Civil Veterinary Department Bengal reports 1933-51 - 1933-1951
Year: 1933
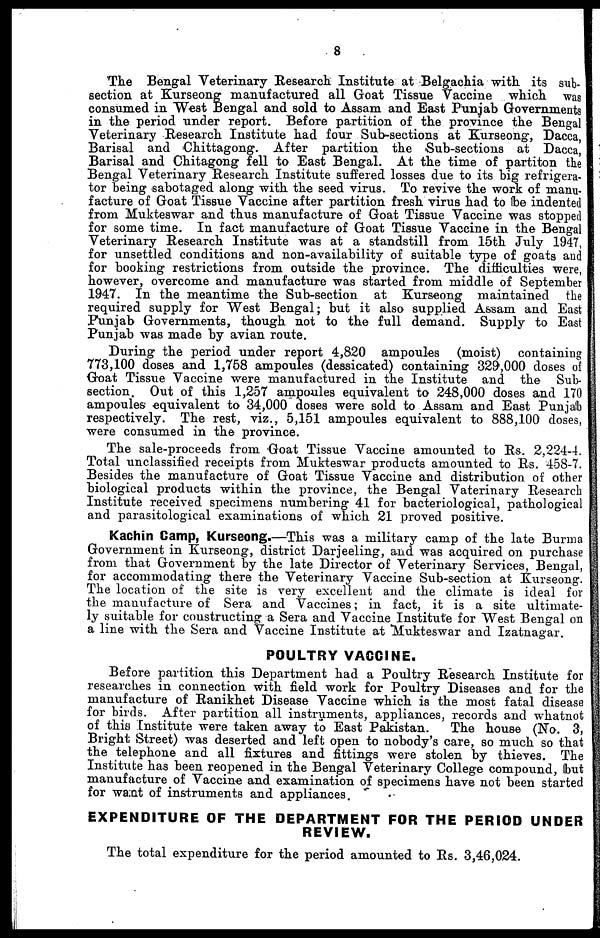
8
The Bengal Veterinary Research Institute at Belgachia with its sub-
section at Kurseong manufactured all Groat Tissue Vaccine which was
consumed in West Bengal and sold to Assam and East Punjab Governments
in the period under report. Before partition of the province the Bengal
Veterinary Research Institute had four Sub-sections at Kurseong, Dacca,
Barisal and Chittagong. After partition the Sub-sections at Dacca,
Barisal and Chitagong fell to East Bengal. At the time of partiton the
Bengal Veterinary Research Institute suffered losses due to its big refrigera-
tor being sabotaged along with the seed virus. To revive the work of manu-
facture of Goat Tissue Vaccine after partition fresh virus had to be indented
from Mukteswar and thus manufacture of Goat Tissue Vaccine was stopped
for some time. In fact manufacture of Goat Tissue Vaccine in the Bengal
Veterinary Research Institute was at a standstill from 15th July 1947,
for unsettled conditions and non-availability of suitable type of goats and
for booking restrictions from outside the province. The difficulties were,
however, overcome and manufacture was started from middle of September
1947. In the meantime the Sub-section at Kurseong maintained the
required supply for West Bengal; but it also supplied Assam and East
Punjab Governments, though not to the full demand. Supply to East
Punjab was made by avian route.
During the period under report 4,820 ampoules (moist)
containing
773,100 doses and 1,758 ampoules (dessicated) containing 329,000 doses of
Goat Tissue Vaccine were manufactured in the Institute and the Sub-
section. Out of this 1,257 ampoules equivalent to 248,000 doses and 170
ampoules equivalent to 34,000 doses were sold to Assam and East Punjab
respectively. The rest, viz., 5,151 ampoules equivalent to 888,100 doses,
were consumed in the province.
The sale-proceeds from Goat Tissue Vaccine amounted to Rs. 2,224-4.
Total unclassified receipts from Mukteswar products amounted to Rs. 458-7.
Besides the manufacture of Goat Tissue Vaccine and distribution of other
biological products within the province, the Bengal Vaterinary Research
Institute received specimens numbering 41 for bacteriological, pathological
and parasitological examinations of which 21 proved positive.
Kachin Camp, Kurseong.—This was a military camp of the late Burma
Government in Kurseong, district Darjeeling, and was acquired on purchase
from that Government by the late Director of Veterinary Services, Bengal,
for accommodating there the Veterinary Vaccine Sub-section at Kurseong.
The location of the site is very excellent and the climate is ideal for
the manufacture of Sera and Vaccines; in fact, it is a site ultimate-
ly suitable for constructing a Sera and Vaccine Institute for West Bengal on
a line with the Sera and Vaccine Institute at "Mukteswar and Izatnagar.
POULTRY VACCINE.
Before partition this Department had a Poultry Research Institute for
researches in connection with field work for Poultry Diseases and for the
manufacture of Ranikhet Disease Vaccine which is the most fatal disease
for birds. After partition all instruments, appliances, records and whatnot
of this Institute were taken away to East Pakistan.
The house (No. 3,
Bright Street) was deserted and left open to nobody's care, so much so that
the telephone and all fixtures and fittings were stolen by thieves. The
Institute has been reopened in the Bengal Veterinary College compound, but
manufacture of Vaccine and examination of specimens have not been started
for want of instruments and appliances.
EXPENDITURE OF THE DEPARTMENT FOR THE PERIOD UNDER
REVIEW.
The total expenditure for the period amounted to Rs. 3,46,024.